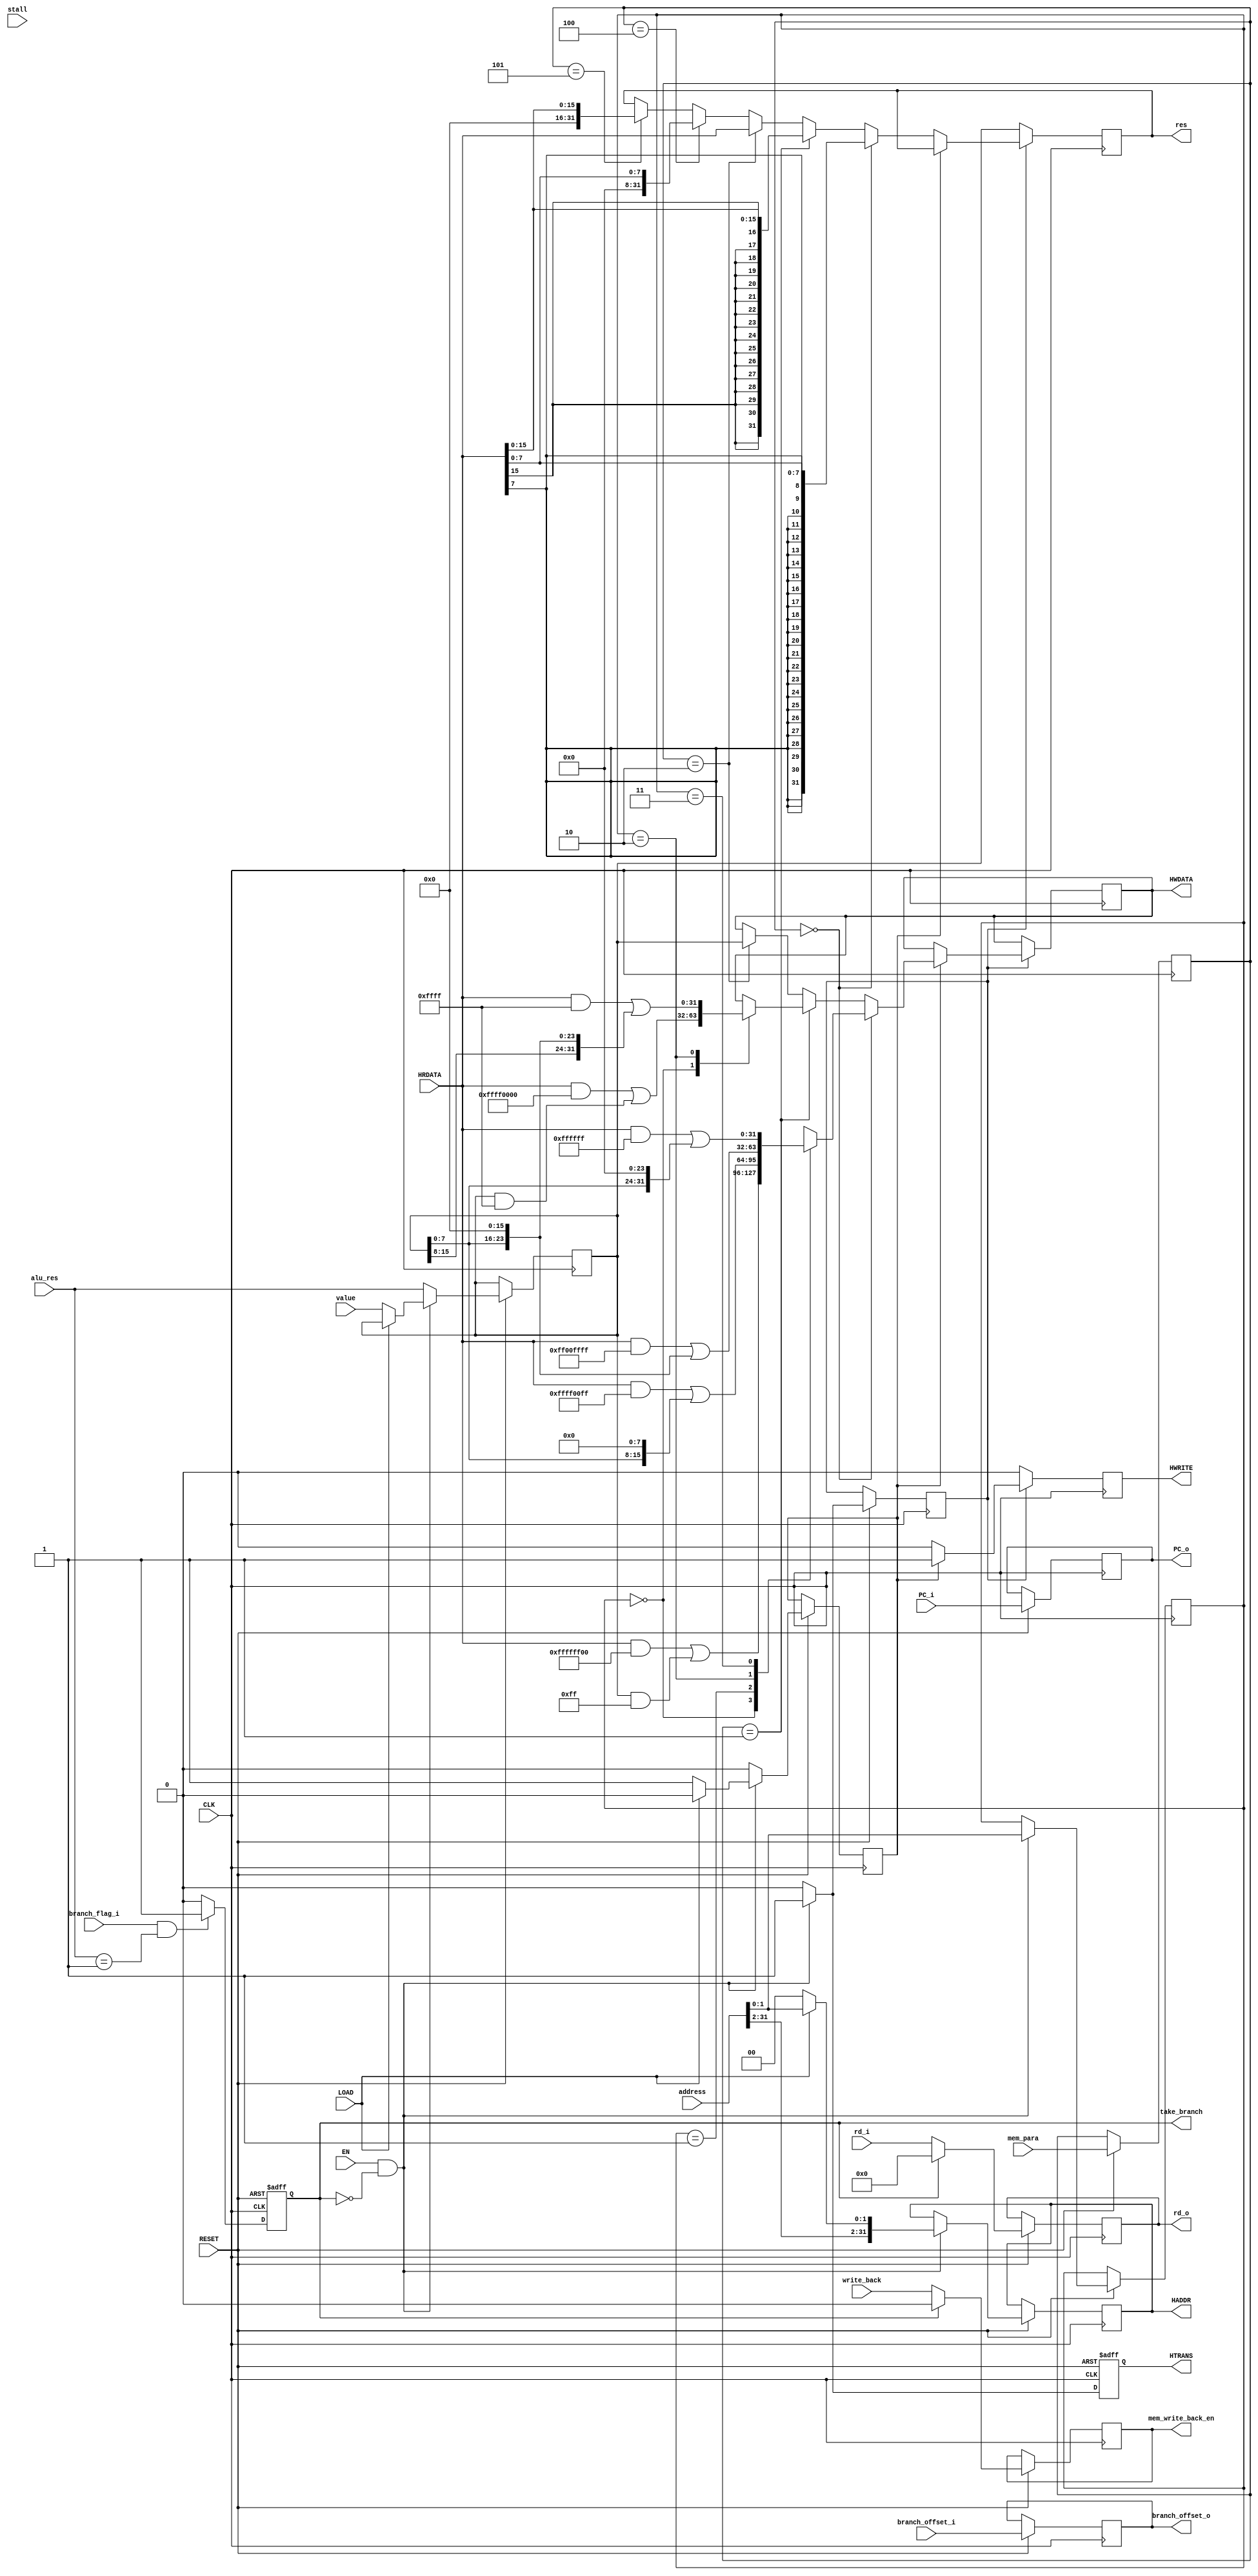
module mem_access(
    input CLK,
    input EN,
    input RESET,
    input [4:0] rd_i,
    input [31:0] address,
    input [2:0] mem_para,
    input LOAD,
    input [31:0] value,
    input [31:0] HRDATA,
    input [31:0] alu_res,
    input write_back,
    input stall,
    input branch_flag_i, /* is the instruction branch */
    input [31:0] branch_offset_i,
    input [31:0] PC_i,
    output reg [31:0] HADDR,
    output reg [31:0] HWDATA,
    output reg HWRITE,
    output reg HTRANS,
    output reg [31:0] res,
    output reg [4:0] rd_o,
    output reg mem_write_back_en,
    output reg take_branch, /* should we take the branch according to alu */
    output reg [31:0] branch_offset_o,
    output reg [31:0] PC_o
);

reg refresh_en = 0;
reg mem_write = 0;
reg [2:0] mem_para_local;
reg [31:0] tmp_res;

reg [1:0] addr_offset;

always @ (posedge CLK or negedge RESET) begin
    if(!RESET) begin
        take_branch <= 0;
        HTRANS <= 0;
    end
    else begin
        if(EN && !take_branch) begin
            if(!LOAD) begin
                /* WRITE ENABLE */
                mem_write <= 1;
                tmp_res <= value;
                HADDR <= {address[31:2],2'b0};
            end
            else begin
                mem_write <= 0;
                HADDR <= address;
            end
            addr_offset <= address[1:0];
            HTRANS <= 1;
            refresh_en <= 1;
        end 
        else begin
            HTRANS <= 0;
            mem_write <= 0;
            refresh_en <= 0;
            tmp_res <= alu_res;
        end
        if(take_branch) begin
            rd_o <= 0;
            mem_write_back_en <= 0;
        end
        else begin
            rd_o <= rd_i;
            mem_write_back_en <= write_back;
        end
        branch_offset_o <= branch_offset_i;
        if(branch_flag_i && alu_res == 32'b1) begin
            /* take the branch */
            take_branch <= 1;
        end
        else begin
            take_branch <= 0;
        end
        PC_o <= PC_i;
        mem_para_local <= mem_para;
    end
end


always @ (negedge CLK) begin
    if(refresh_en) begin
        if(!mem_write) begin
            if(mem_para_local == 3'b000) begin
                /* LB */
                res <= {{(24){HRDATA[7]}},HRDATA[7:0]};
            end
            else if(mem_para_local == 3'b001) begin
                /* LH */
                res <= {{(16){HRDATA[15]}},HRDATA[15:0]};
            end
            else if(mem_para_local == 3'b010) begin
                /* LW */
                res <= HRDATA[31:0];
            end
            else if(mem_para_local == 3'b100) begin
                /* LBU */
                res <= {{(24){1'b0}},HRDATA[7:0]};
            end
            else if(mem_para_local == 3'b101) begin
                /* LHU */
                res <= {{(16){1'b0}},HRDATA[15:0]};
            end
            HWRITE <= 0;
        end
        else begin
            if(mem_para_local == 3'b000) begin
                /* SB */
                case(addr_offset)
                    2'd0: HWDATA <= (HRDATA & (~32'hff)) | (tmp_res & 32'hff);
                    2'd1: begin
                        HWDATA <= (HRDATA & (~32'hff00)) |
                            {16'b0,tmp_res[7:0],8'b0};
                    end
                    2'd2: begin
                        HWDATA <= (HRDATA & (~32'hff_0000)) |
                            {8'b0,tmp_res[7:0],16'b0}; 
                    end
                    2'd3: begin
                        HWDATA <= (HRDATA & (~32'hff00_0000)) |
                            {tmp_res[7:0],24'b0}; 
                    end
                endcase
            
            end
            else if(mem_para_local == 3'b001) begin
                /* SH */
                case(addr_offset)
                    2'd0: HWDATA <= (HRDATA & (~32'hffff)) | (tmp_res & 32'hffff);
                    2'd2: begin
                        HWDATA <= (HRDATA & (~32'hffff_0000)) |
                            {tmp_res[15:0],16'b0}; 
                    end
                endcase
            end
            else if(mem_para_local == 3'b010) begin
                /* SW */
                HWDATA <= tmp_res;
            end
            HWRITE <= 1;
        end
    end
    else begin
        res <= tmp_res;
        HWRITE <= 0;
    end
end

endmodule